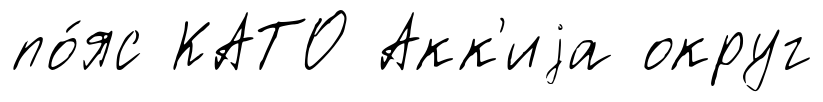
по́яс КАТО Акк'иjа округ